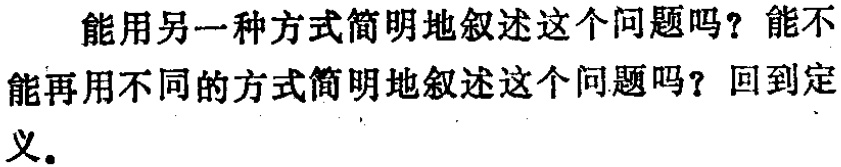
能用另一种方式简明地叙述这个问题吗？能不能再用不同的方式简明地叙述这个问题吗？回到定义。